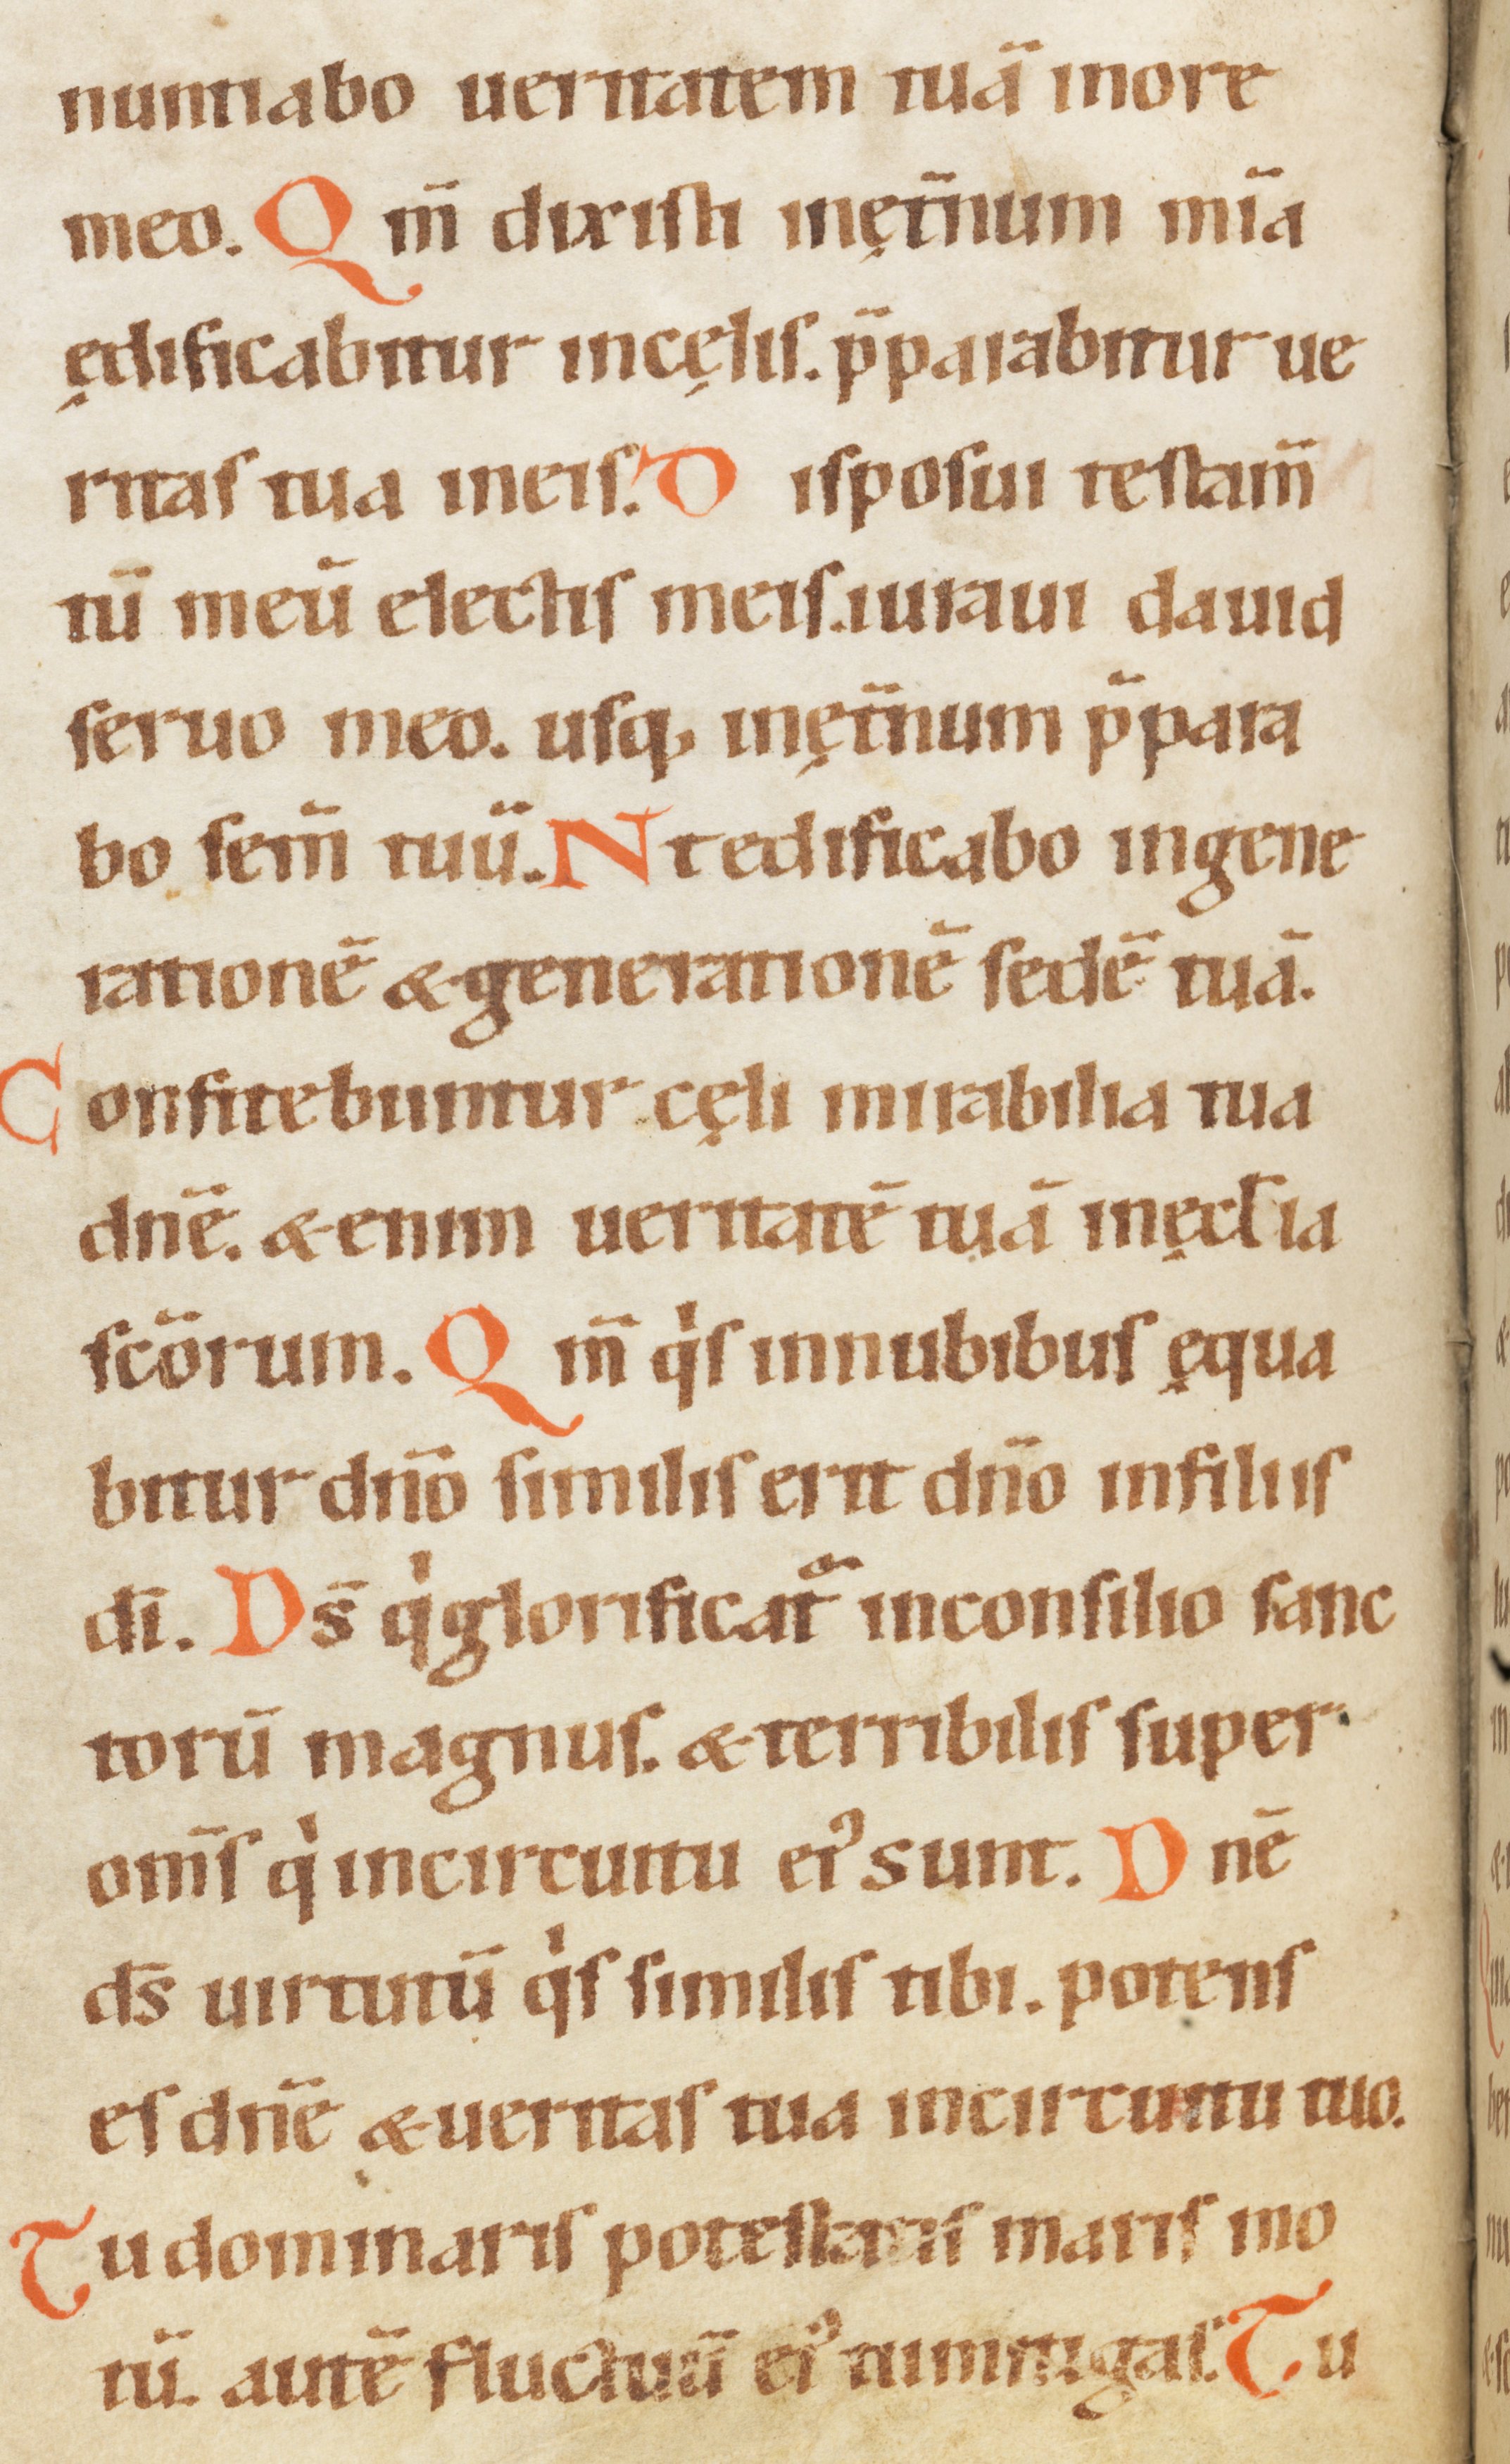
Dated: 1100–1199